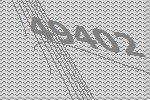
49402